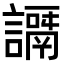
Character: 𧬭